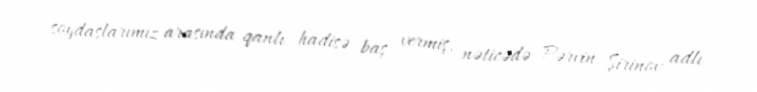
soydaşlarımız arasında qanlı hadisə baş vermiş, nəticədə Pərvin Şirinov adlı